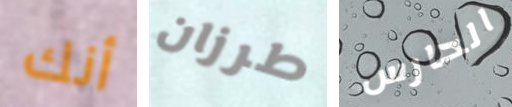
أنك طرزان الحارس